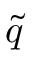
\tilde { q }